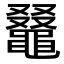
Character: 𪓭